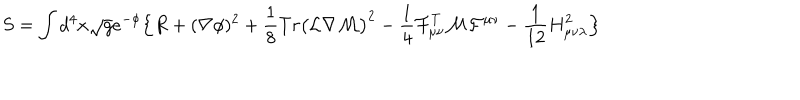
S = \int d ^ { 4 } x \sqrt { { g } } e ^ { - \phi } \Bigl \{ { R } + ( { \nabla } \phi ) ^ { 2 } + \frac { 1 } { 8 } T r \bigl ( { \cal L } \nabla { \cal M } \bigr ) ^ { 2 } - \frac { 1 } { 4 } { \cal F } _ { \mu \nu } ^ { T } { \cal M } { \cal F } ^ { \mu \nu } - \frac { 1 } { 1 2 } { H } _ { \mu \nu \lambda } ^ { 2 } \Bigr \}